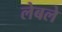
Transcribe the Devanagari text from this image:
लेबले